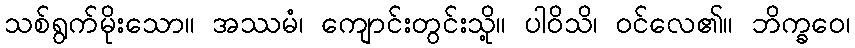
သစ်ရွက်မိုးသော။ အဿမံ၊ ကျောင်းတွင်းသို့။ ပါဝိသိ၊ ဝင်လေ၏။ ဘိက္ခဝေ၊